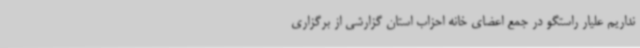
نداریم علیار راستگو در جمع اعضای خانه احزاب استان گزارشی از برگزاری